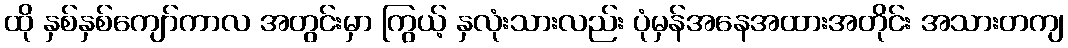
ထို နှစ်နှစ်ကျော်ကာလ အတွင်းမှာ ကြွယ့် နှလုံးသားလည်း ပုံမှန်အနေအထားအတိုင်း အသားတကျ